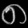
Digit: ၈